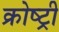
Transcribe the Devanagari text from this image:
क्रोष्ट्री